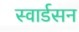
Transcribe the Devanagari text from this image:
स्वार्डसन